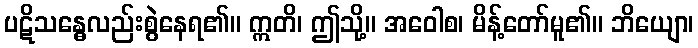
ပဋိသန္ဓေလည်းစွဲနေရ၏။ ဣတိ၊ ဤသို့။ အဝေါစ၊ မိန့်တော်မူ၏။ ဘိယျော၊